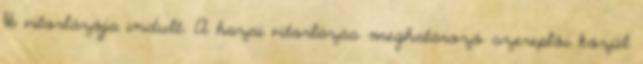
116 vitorlázója indult. A hazai vitorlázás meghatározó szereplői közül